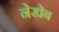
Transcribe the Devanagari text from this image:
नेखेब